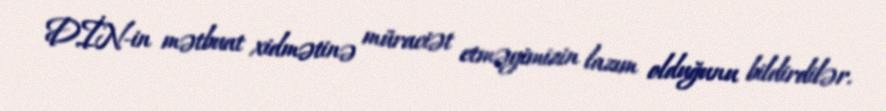
DİN-in mətbuat xidmətinə müraciət etməyimizin lazım olduğunu bildirdilər.